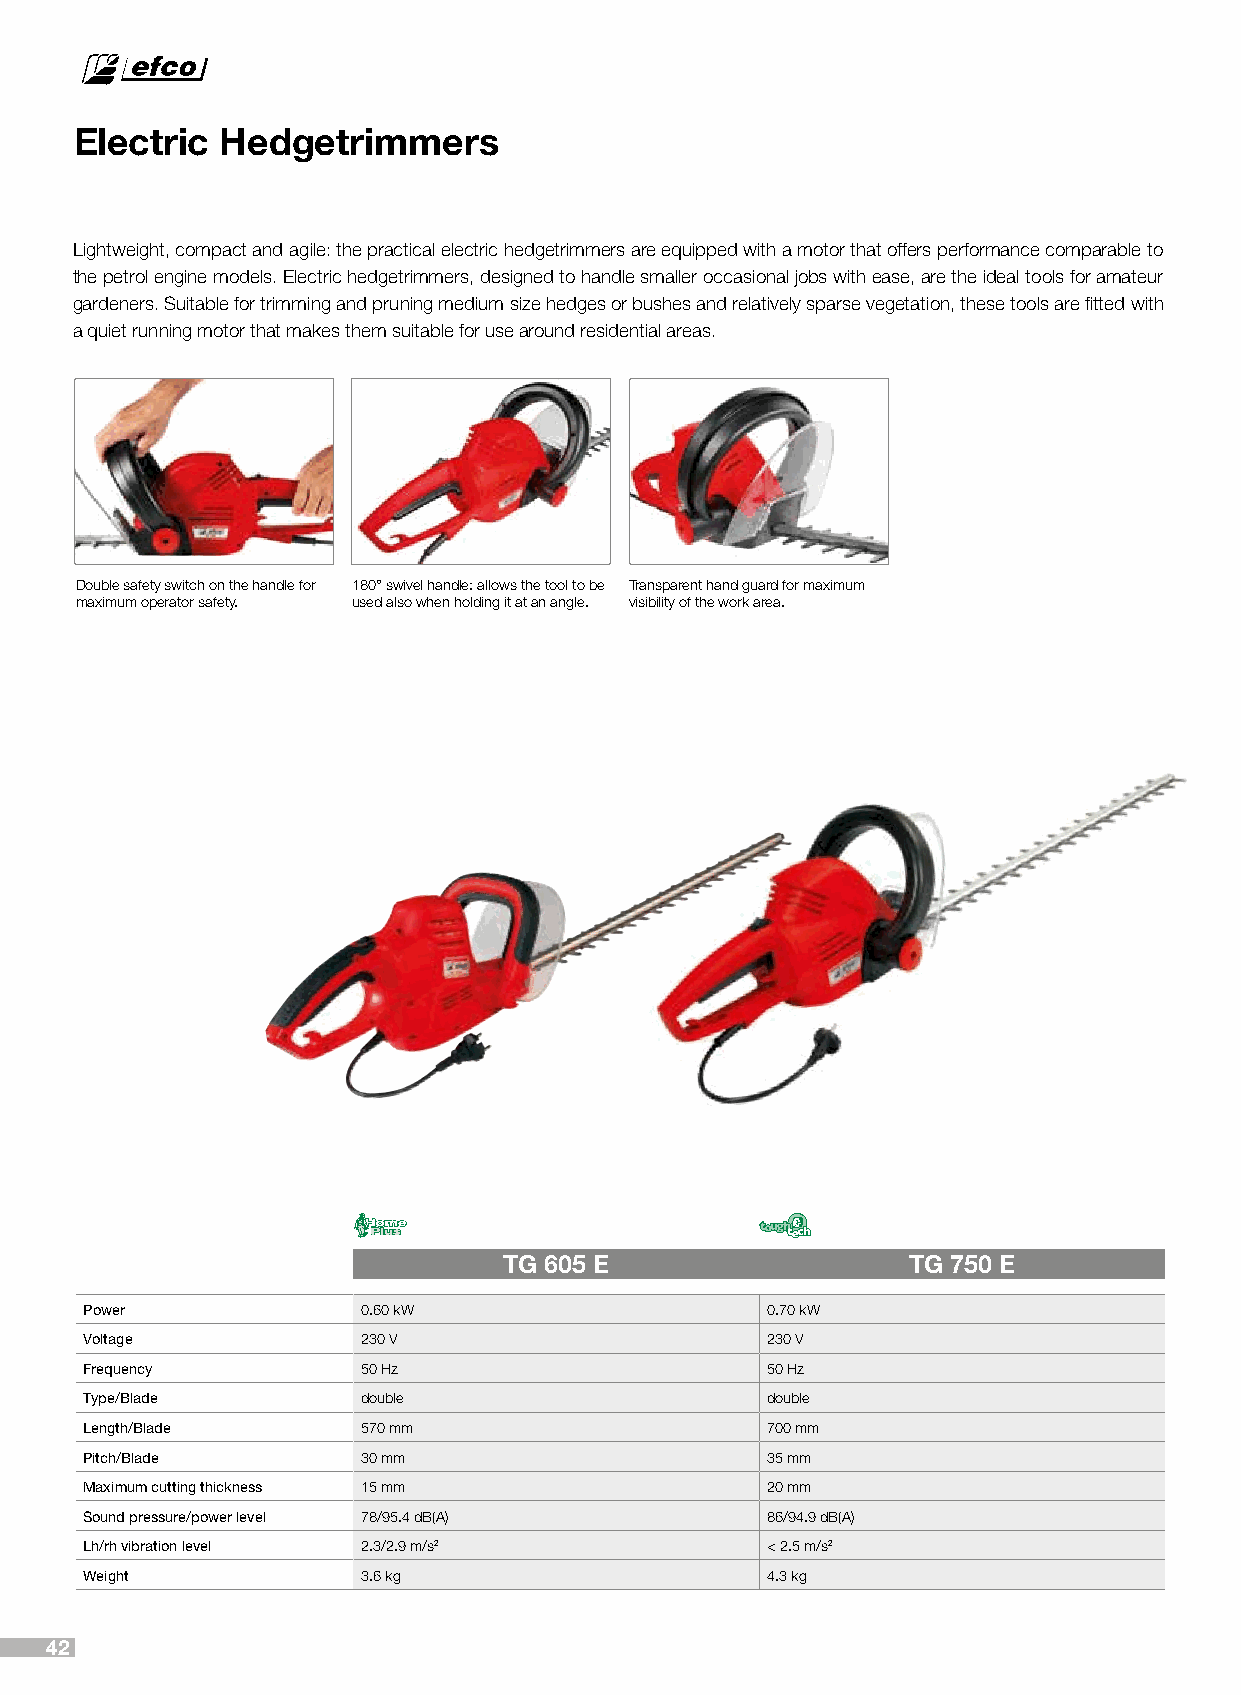
Electric  Hedgetrimmers
 Lightweight, compact and agile: the practical electric hedgetrimmers are equipped with a motor that offers performance comparable to
 the petrol engine models. Electric hedgetrimmers, designed to handle smaller occasional jobs with ease, are the ideal tools for amateur
 gardeners. Suitable for trimming and pruning medium size hedges or bushes and relatively sparse vegetation, these tools are fitted with
 a quiet running motor that makes them suitable for use around residential areas.
 Double safety switch on the handle for 180° swivel handle: allows the tool to be Transparent hand guard for maximum
 maximum operator safety. used also when holding it at an angle. visibility of the work area.
 TG 605 E                   TG 750 E
 Power             0.60 kW                    0.70 kW
 Voltage           230 V                      230 V
 Frequency         50 Hz                      50 Hz
 Type/Blade        double                     double
 Length/Blade      570 mm                     700 mm
 Pitch/Blade       30 mm                      35 mm
 Maximum cutting thickness 15 mm              20 mm
 Sound pressure/power level 78/95.4 dB(A)     86/94.9 dB(A)
 Lh/rh vibration level 2.3/2.9 m/s2           < 2.5 m/s2
 Weight            3.6 kg                     4.3 kg
 42